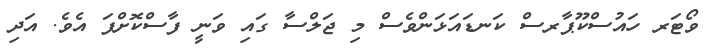
ވޯޓަރ ހައުސްކޫޕާރސް ކަނޑައަޅަންވެސް މި ޖަލްސާ ގައި ވަނީ ފާސްކޮށްފަ އެވެ. އަދި